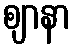
ဈာနာ